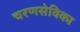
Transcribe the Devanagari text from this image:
चरणसेविका